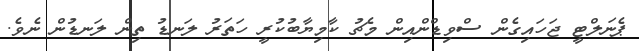
ޕެނަލްޓީ ޖަހައިގެން ސްވިޑްންއިން މެޗު ކާމިޔާބުކުރީ ހަތަރު ލަނޑު ތިން ލަނޑުން ނެވެ.